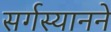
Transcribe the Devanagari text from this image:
सर्गस्यानने